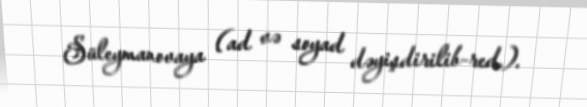
Süleymanovaya (ad və soyad dəyişdirilib-red.).